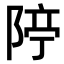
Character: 𨺊